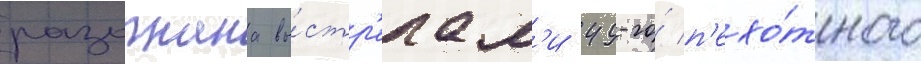
разогнана вы́стр'елам'и 49-го́ п'ехо́тного